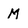
Character: M